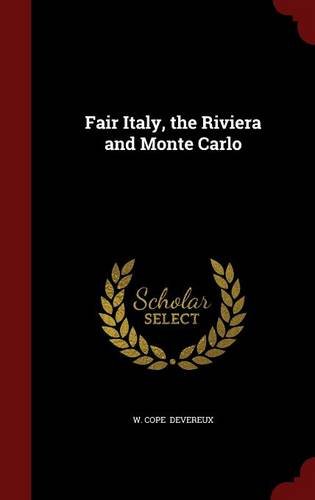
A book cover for Fair Italy, the Riviera and Monte Carlo; W. Cope Devereux; Travel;